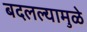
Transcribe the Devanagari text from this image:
बदलल्यामुळे